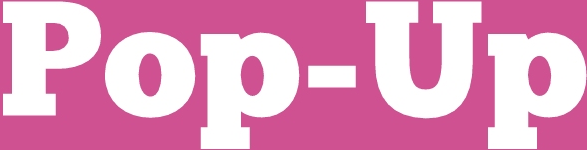
Pop-Up